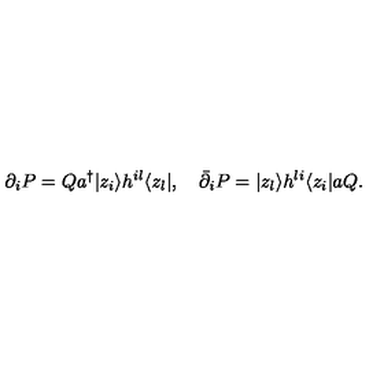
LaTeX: \partial _ { i } P = Q a ^ { \dagger } | z _ { i } \rangle h ^ { i l } \langle z _ { l } | , \quad \bar { \partial } _ { i } P = | z _ { l } \rangle h ^ { l i } \langle z _ { i } | a Q .